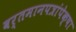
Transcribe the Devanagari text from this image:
वर्तमानपत्रांपेक्षा